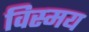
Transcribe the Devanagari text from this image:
विस्‍मय